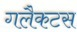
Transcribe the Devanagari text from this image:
गलैकटस